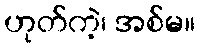
ဟုတ်ကဲ့၊ အစ်မ။